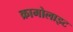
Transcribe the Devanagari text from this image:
क्रामोलाइट